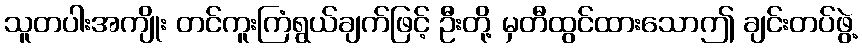
သူတပါးအကျိုး တင်ကူးကြံရွယ်ချက်ဖြင့် ဦးတို့ မှတီထွင်ထားသောဤ ချင်းတပ်ဖွဲ့